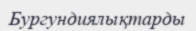
Бургундиялықтарды